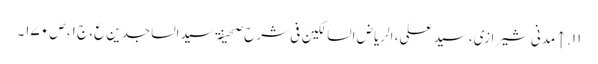
۱۱. ↑ مدنی شیرازی، سید علی، الریاض السالکین فی شرح صحیفۃ سید الساجدین ع، ج ۱، ص ۱۷۰۔